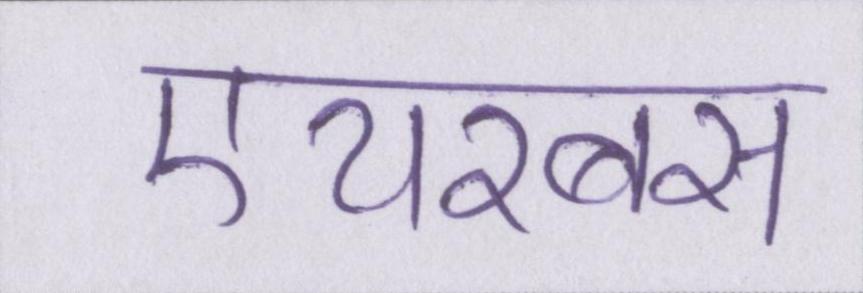
एयरबस